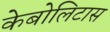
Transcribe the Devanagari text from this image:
केबोलिटास